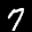
Label: 7